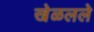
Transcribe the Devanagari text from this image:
खेळलले